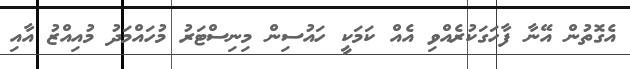
އެގޮތުން އޭނާ ފާހަގަކުރެއްވި އެއް ކަމަކީ ހައުސިން މިނިސްޓަރު މުހައްމަދު މުއިއްޒު އާއި